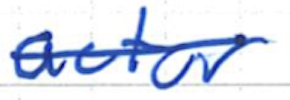
Text: actor
Cross-out: single-line
Writing tool: ballpoint